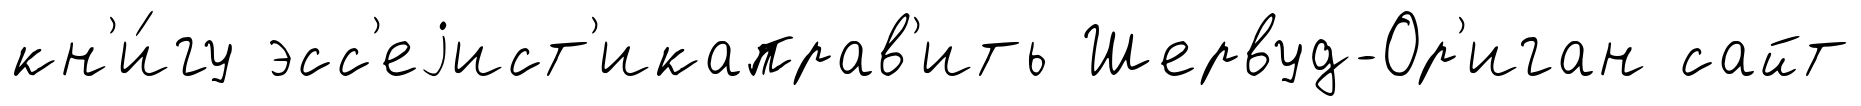
кн'и́гу эсс'еjист'икаправ'ить Шервуд-Ор'иган сайт